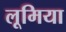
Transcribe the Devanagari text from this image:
लूमिया